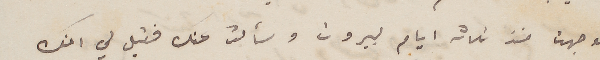
توجهت منذ ثلاثة ايام لبيروت وسألت عنك فقيل لي انك